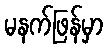
မနက်ဖြန်မှာ